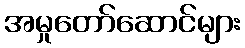
အမှုတော်ဆောင်များ